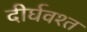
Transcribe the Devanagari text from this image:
दीर्घवश्त